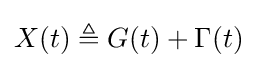
X(t)\triangleq G(t)+\Gamma (t)